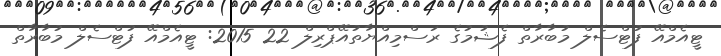
ޓީއެމްއޭ ފުޓްސެލް މުބާރާތް ފެޝުމުގެ ރަސްމިއްޔާތުއޭޕްރިލް 22 2015: ޓީއެމްއޭ ފުޓްސެލް މުބާރާތް